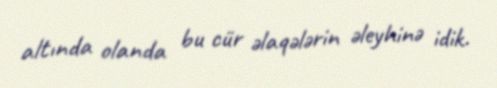
altında olanda bu cür əlaqələrin əleyhinə idik.